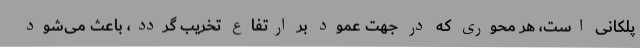
پلکانی است، هر محوری که در جهت عمود بر ارتفاع تخریب گردد، باعث می‌شود